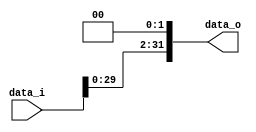
//Subject:      CO project 1 - Shift_Left_Two_32
//--------------------------------------------------------------------------------
//Version:     1
//--------------------------------------------------------------------------------
//Description: 
//--------------------------------------------------------------------------------

module Shift_Left_Two_32(
    data_i,
    data_o
    );

//I/O ports                    
input [32-1:0] data_i;
output [32-1:0] data_o;

//shift left 2
 reg[31:0] data_o;
/*assign*/
	always@(data_i)
	begin
 data_o<=(data_i<<2);
	 end
endmodule